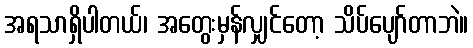
အရသာရှိပါတယ်၊ အတွေးမှန်လျှင်တော့ သိပ်ပျော်တာဘဲ။